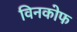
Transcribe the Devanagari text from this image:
विनकोफ